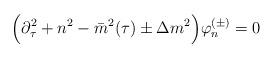
LaTeX: \begin{align*}\Big( \partial^2_\tau +n^2 -\bar{m}^2(\tau)\pm \Delta m^2 \Big) \varphi_{n}^{(\pm)}=0\end{align*}